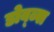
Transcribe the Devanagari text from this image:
डोब्ब्स